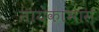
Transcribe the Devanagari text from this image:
नायकाभास